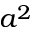
a ^ { 2 }